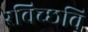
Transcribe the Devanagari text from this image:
रविच्छवि